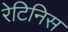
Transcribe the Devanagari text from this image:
रेटिनिस